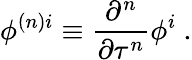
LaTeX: \phi^{{(n)}i}\equiv\frac{\partial^{n}}{\partial\tau^{n}}\phi^{i}\ .